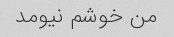
من خوشم نیومد